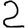
Digit: 2